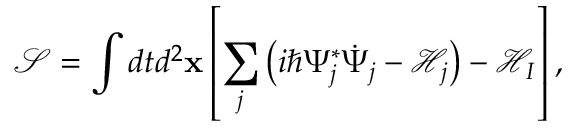
\mathcal { S } = \int d t d ^ { 2 } \mathbf { x } \left[ \sum _ { j } \left( i \hbar \Psi _ { j } ^ { * } \dot { \Psi } _ { j } - \mathcal { H } _ { j } \right) - \mathcal { H } _ { I } \right] ,